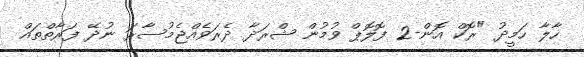
ހާލާ ހަމީދު "ރޮކް އޮން-2 ފޮލޮޕް ވުމުން ޝްރަދާ ދެރަވެއްޖެމުސާރަ ނުދޭ ފަރާތްތައް